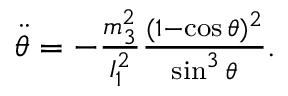
\begin{array} { r } { \ddot { \theta } = - \frac { m _ { 3 } ^ { 2 } } { I _ { 1 } ^ { 2 } } \frac { ( 1 - \cos \theta ) ^ { 2 } } { \sin ^ { 3 } \theta } . } \end{array}